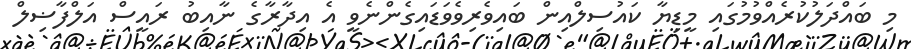
މި ބައްދަލުކުރެއްވުމުގައި މީޑިޔާ ކައުސިލްއިން ބައިވެރިވެވަޑައިގެންނެވީ އެ އިދާރާގެ ނާއިބު ރައީސް އަލްފާޟިލް